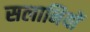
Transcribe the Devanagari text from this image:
सलानियों